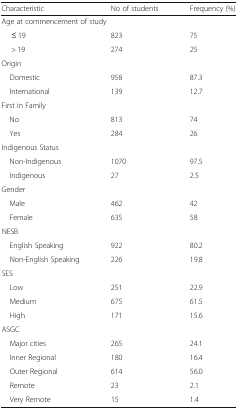
<table><thead><tr><td><b>Characteristic</b></td><td><b>No of students</b></td><td><b>Frequency (%)</b></td></tr></thead><tbody><tr><td colspan="3">Age at commencement of study</td></tr><tr><td>≤ 19</td><td>823</td><td>75</td></tr><tr><td>&gt; 19</td><td>274</td><td>25</td></tr><tr><td colspan="3">Origin</td></tr><tr><td> Domestic</td><td>958</td><td>87.3</td></tr><tr><td> International</td><td>139</td><td>12.7</td></tr><tr><td colspan="3">First in Family</td></tr><tr><td> No</td><td>813</td><td>74</td></tr><tr><td> Yes</td><td>284</td><td>26</td></tr><tr><td colspan="3">Indigenous Status</td></tr><tr><td> Non-Indigenous</td><td>1070</td><td>97.5</td></tr><tr><td> Indigenous</td><td>27</td><td>2.5</td></tr><tr><td colspan="3">Gender</td></tr><tr><td> Male</td><td>462</td><td>42</td></tr><tr><td> Female</td><td>635</td><td>58</td></tr><tr><td colspan="3">NESB</td></tr><tr><td> English Speaking</td><td>922</td><td>80.2</td></tr><tr><td> Non-English Speaking</td><td>226</td><td>19.8</td></tr><tr><td colspan="3">SES</td></tr><tr><td> Low</td><td>251</td><td>22.9</td></tr><tr><td> Medium</td><td>675</td><td>61.5</td></tr><tr><td> High</td><td>171</td><td>15.6</td></tr><tr><td colspan="3">ASGC</td></tr><tr><td> Major cities</td><td>265</td><td>24.1</td></tr><tr><td> Inner Regional</td><td>180</td><td>16.4</td></tr><tr><td> Outer Regional</td><td>614</td><td>56.0</td></tr><tr><td> Remote</td><td>23</td><td>2.1</td></tr><tr><td> Very Remote</td><td>15</td><td>1.4</td></tr></tbody></table>